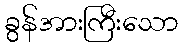
ခွန်အားကြီးသော